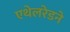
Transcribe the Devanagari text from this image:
एथेलरेडने